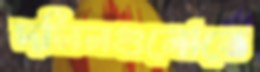
দলিলগুলোতে